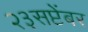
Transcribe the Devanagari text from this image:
२३सप्टेंबर